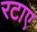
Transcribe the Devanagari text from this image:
रटाए